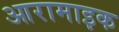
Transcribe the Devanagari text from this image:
आरामाइक